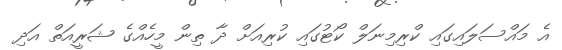
އެ މައްސަލައިގައި ކްރިމިނަލް ކޯޓުގައި ކުރިއަށް ދާ ތިން މީހެއްގެ ޝަރީއަތް އަދި